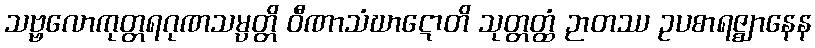
သဗ္ဗလောကုတ္တရဂုဏသမ္ပတ္တိ ဝီဏာသံဃာဋောတိ သုတ္တတ္ထံ ဉာတဿ ဥပစာရဇ္ဈာနေန